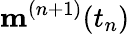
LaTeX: \mathbf{m}^{(n+1)}(t_{n})